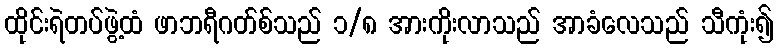
ထိုင်းရဲတပ်ဖွဲ့ထံ ဖာဘရီဂတ်စ်သည် ၁/၈ အားကိုးလာသည် အာခံလေသည် သီကုံး၍